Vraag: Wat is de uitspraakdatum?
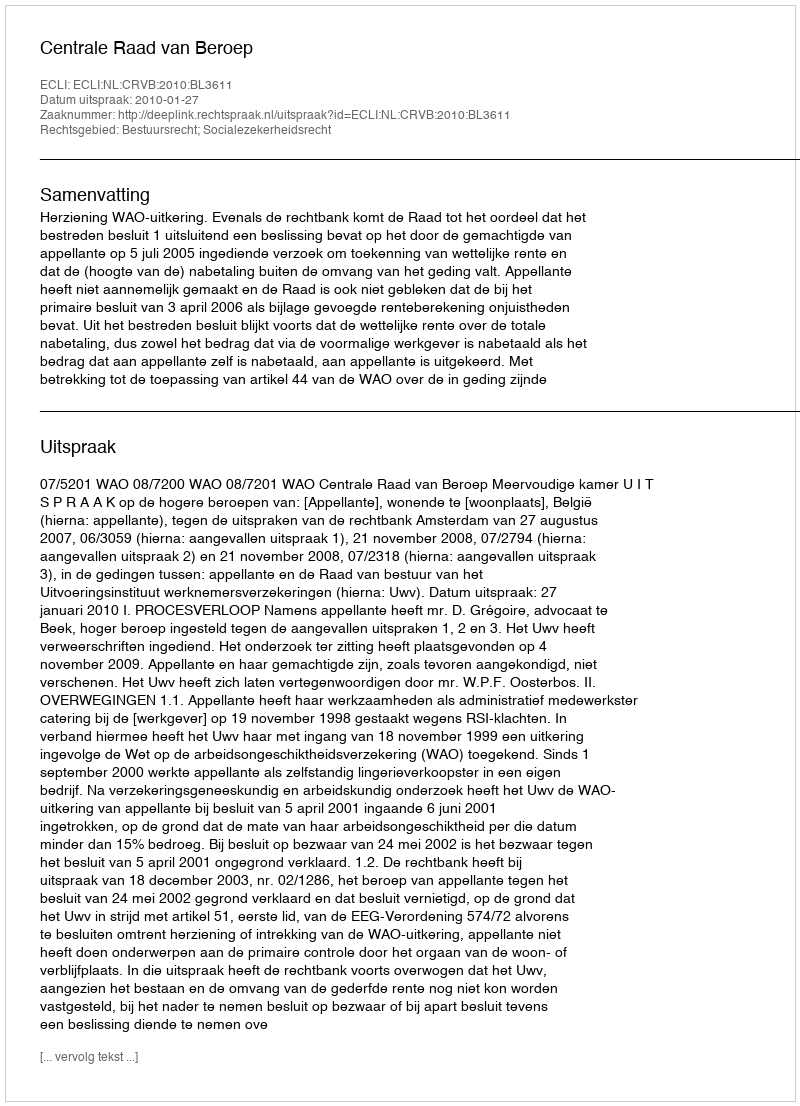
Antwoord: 2010-01-27